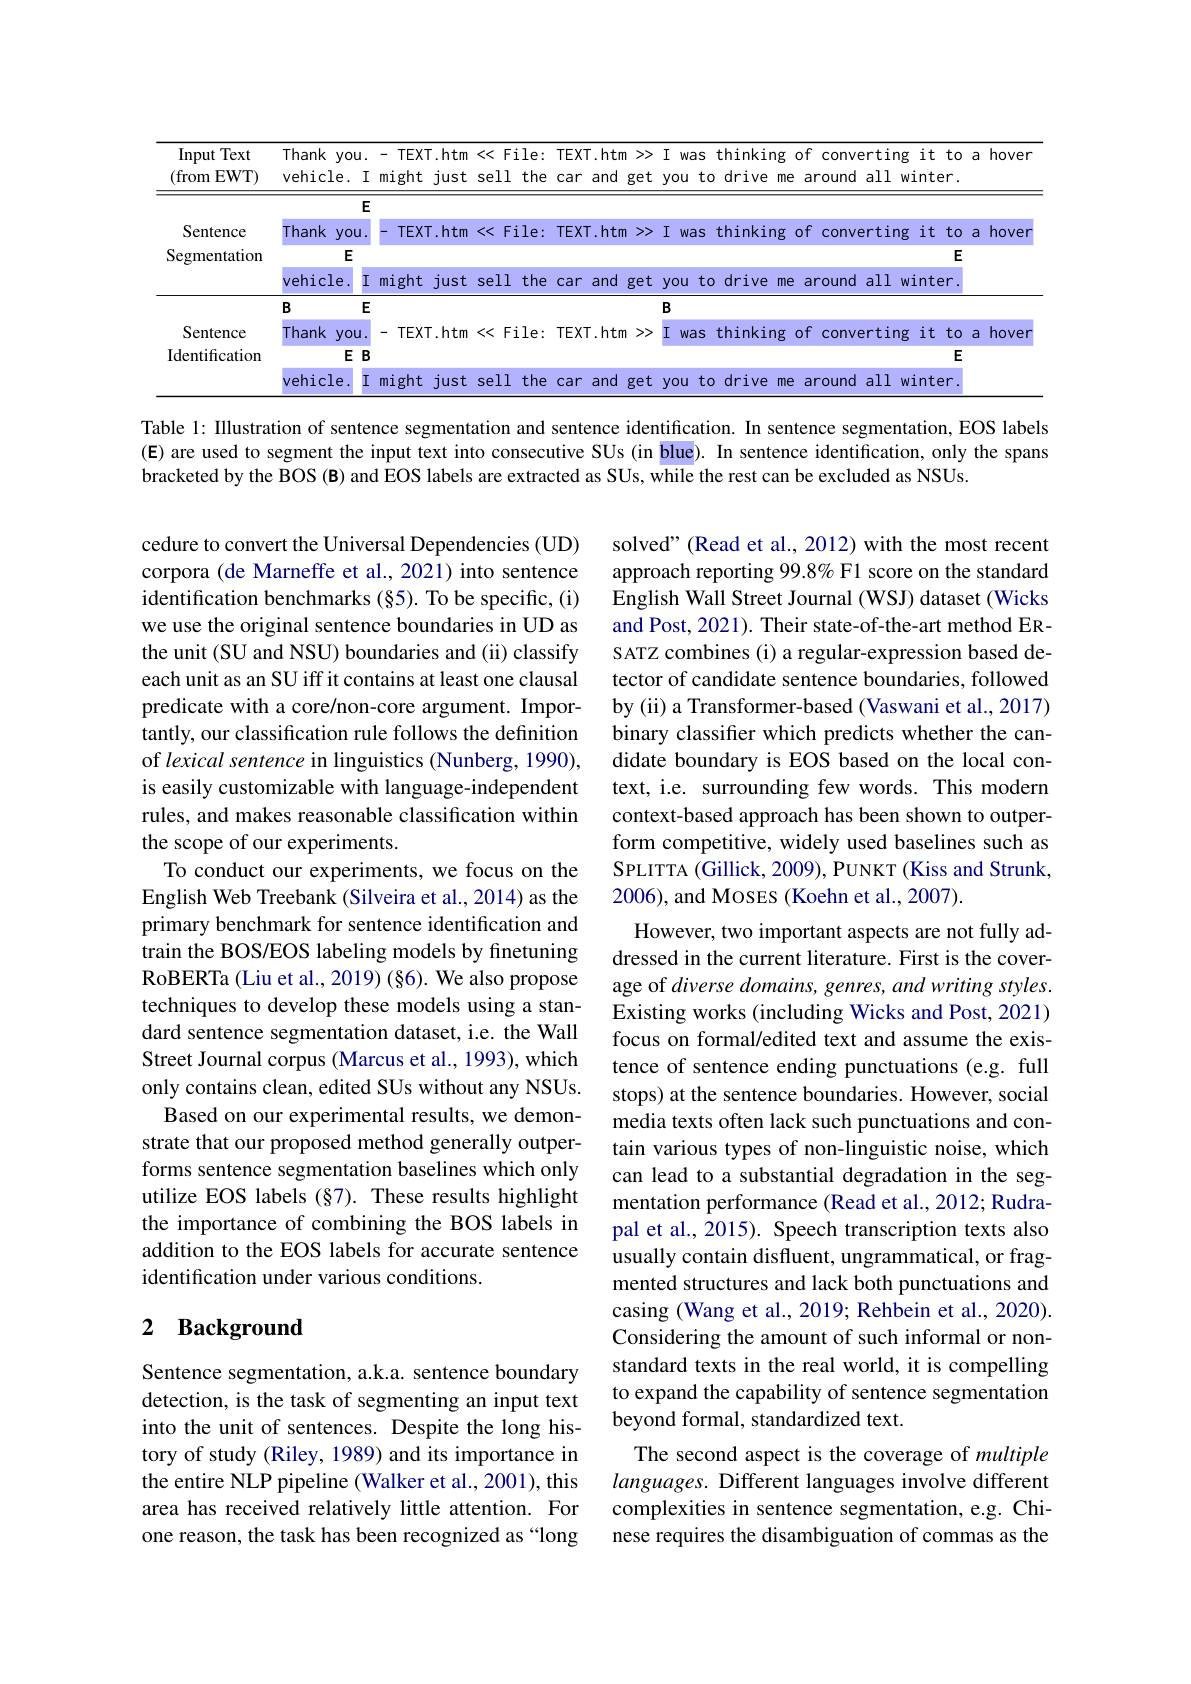
<table>
	<tbody>
		<tr>
			<th>Input Text (from $EWT)$</th>
			<th>Thank $y0u.$ vehicle. $I$ </th>
			<th>一 $TEXT.htr$ might jus</th>
			<th>File 11 th</th>
			<th>le: T the</th>
			<th>>>> et</th>
			<th>$I$ >>>> et $y$</th>
			<th>$I$ > $t$ $yc$</th>
			<th>I was thinking of converting it to a hov you to drive me around all winter.</th>
		</tr>
		<tr>
			<td rowspan="4">Sentence Segmentation</td>
			<td>$E$</td>
			<td> </td>
			<td> </td>
			<td> </td>
			<td> </td>
			<td> </td>
			<td> </td>
			<td> </td>
		</tr>
		<tr>
			<td>Thank you</td>
			<td>TEXT.htr</td>
			<td>File</td>
			<td>$T$ .e T</td>
			<td>>>></td>
			<td>$I$ >>></td>
			<td>$I$ ></td>
			<td>I was thinking of converting it to a hov</td>
		</tr>
		<tr>
			<td>E</td>
			<td> </td>
			<td> </td>
			<td> </td>
			<td> </td>
			<td> </td>
			<td> </td>
			<td>E</td>
		</tr>
		<tr>
			<td>vehicle $I$</td>
			<td>might jus</td>
			<td>11 $th$ </td>
			<td>the T</td>
			<td>et</td>
			<td>$et$</td>
			<td>t $V.$ ''f</td>
			<td>you to drive me around all winter</td>
		</tr>
		<tr>
			<td> </td>
			<td>$B$ $E$</td>
			<td> </td>
			<td> </td>
			<td> </td>
			<td> </td>
			<td>M $R$</td>
			<td>M $B$</td>
			<td>$R$</td>
		</tr>
		<tr>
			<td rowspan="3">Sentence Identification</td>
			<td>Thank VOU</td>
			<td>TFXT </td>
			<td>F 1 1</td>
			<td>a</td>
			<td> </td>
			<td>T</td>
			<td>$T$</td>
			<td>AIDG hov</td>
		</tr>
		<tr>
			<td>am Jo 11 $EB$</td>
			<td>LATHE</td>
			<td>$L\bot L$</td>
			<td>LU T</td>
			<td>P </td>
			<td>L</td>
			<td>L T</td>
			<td>E</td>
		</tr>
		<tr>
			<td>vehicle $I$</td>
			<td>mi ght jus</td>
			<td>11 $th$</td>
			<td>the</td>
			<td>et</td>
			<td>$et$</td>
			<td>t 1</td>
			<td>MI a 11</td>
		</tr>
	</tbody>
</table>

Table 1: IIlustration of sentence segmentation and sentence identification. In sentence segmentation, EOS labels (E) are used to segment the input text into consecutive SUs (in blue). In sentence identification, only the spans bracketed by the BOS (B) and EOS labels are extracted as SUs, while the rest can be excluded as NSUs.

solved" (Read et al., 2012) with the most recent approach reporting 99.8% F1 score on the standard English Wall Street Journal (WSJ) dataset (Wicks and Post, 2021). Their state-of-the-art method ERSATZ combines (i) a regular-expression based detector of candidate sentence boundaries, followed by (ii) a Transformer-based (Vaswani et al., 2017) binary classifer which predicts whether the candidate boundary is EOS based on the local context, i.e. surrounding few words. This modern context-based approach has been shown to outperform competitive, widely used baselines such as SPLITTA (Gillick, 2009), PUNKT (Kiss and Strunk, 2006), and Moses (Koehn et al., 2007).
However, two important aspects are not fully ad-

cedure to convert the Universal Dependencies (UD) corpora (de Marneffe et al., 2021) into sentence identification benchmarks (§5). To be specific, (i) we use the original sentence boundaries in UD as the unit (SU and NSU) boundaries and (ii) classify each unit as an SU iff it contains at least one clausal predicate with a core/non-core argument. Importantly, our classification rule follows the definition of lexical sentence in linguistics (Nunberg, 1990), is easily customizable with language-independent rules, and makes reasonable classification within the scope of our experiments.
To conduct our experiments, we focus on the English Web Treebank (Silveira et al., 2014) as the primary benchmark for sentence identification and train the BOS/EOS labeling models by finetuning RoBERTa (Liu et al., 2019) (§6). We also propose techniques to develop these models using a standard sentence segmentation dataset, i.e. the Wall Street Journal corpus (Marcus et al., 1993), which only contains clean, edited SUs without any NSUs.
Based on our experimental results, we demonstrate that our proposed method generally outperforms sentence segmentation baselines which only utilize EOS labels $(\S7).$ These results highlight the importance of combining the BOS labels in addition to the EOS labels for accurate sentence identification under various conditions.

dressed in the current literature. First is the coverage of diverse domains, genres, and writing styles. Existing works (including Wicks and Post, 2021) focus on formal/edited text and assume the existence of sentence ending punctuations (e.g. full stops) at the sentence boundaries. However, social media texts often lack such punctuations and contain various types of non-linguistic noise, which can lead to a substantial degradation in the segmentation performance (Read et al., 2012; Rudrapal et al., 2015). Speech transcription texts also usually contain disfluent, ungrammatical, or fragmented structures and lack both punctuations and casing (Wang et al., 2019; Rehbein et al., 2020). Considering the amount of such informal or nonstandard texts in the real world, it is compelling to expand the capability of sentence segmentation beyond formal, standardized text.
The second aspect is the coverage of multiple languages. Different languages involve different complexities in sentence segmentation, e.g. Chinese requires the disambiguation of commas as the

# 2 Background

Sentence segmentation, a.k.a. sentence boundary detection, is the task of segmenting an input text into the unit of sentences. Despite the long history of study (Riley, 1989) and its importance in the entire NLP pipeline (Walker et al., 2001), this area has received relatively little attention. For one reason, the task has been recognized as “long